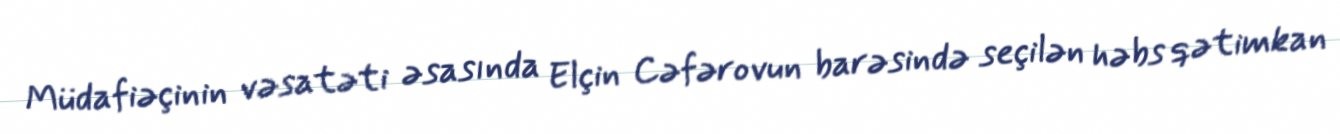
Müdafiəçinin vəsatəti əsasında Elçin Cəfərovun barəsində seçilən həbs qətimkan